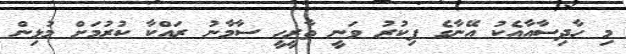
މި ހާދިސާއާއެކު އޭނާގެ ފިކުރު ވަނީ ތާރީހީ ސާމާނު ރައްކާ ކުރުމަށް މުޅިން